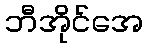
ဘီအိုင်အေ